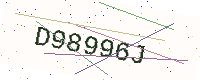
Text: D98996J